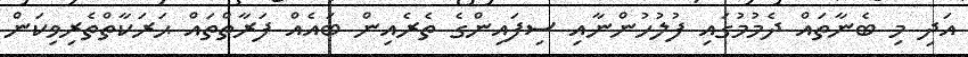
އަދި މި ބެނާތައް ދެމުމުގައި ފުލުހުންނާއި ސިފައިންގެ ތެރެއިން ބައެއް ފަރާތްތައް ޙަރަކާތްތެރިވިކަން